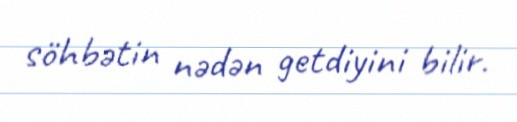
söhbətin nədən getdiyini bilir.